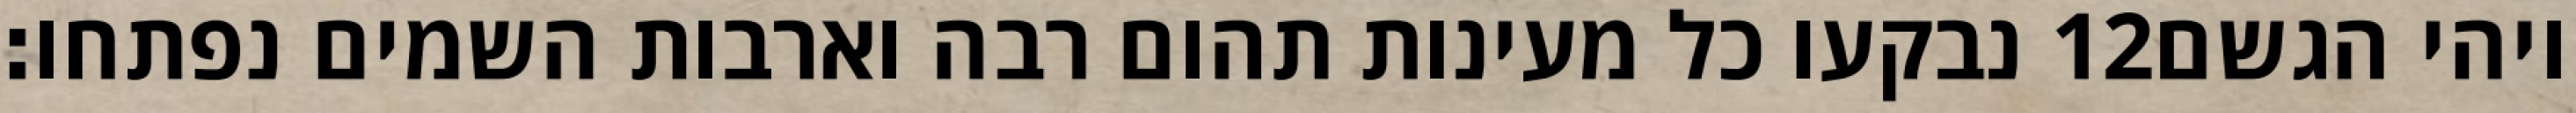
נבקעו כל מעינות תהום רבה וארבות השמים נפתחו׃ ‎12‏ ויהי הגשם